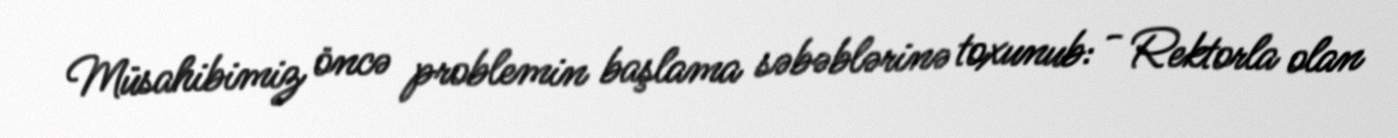
Müsahibimiz öncə problemin başlama səbəblərinə toxunub: - Rektorla olan